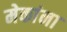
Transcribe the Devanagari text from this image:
मेकांना